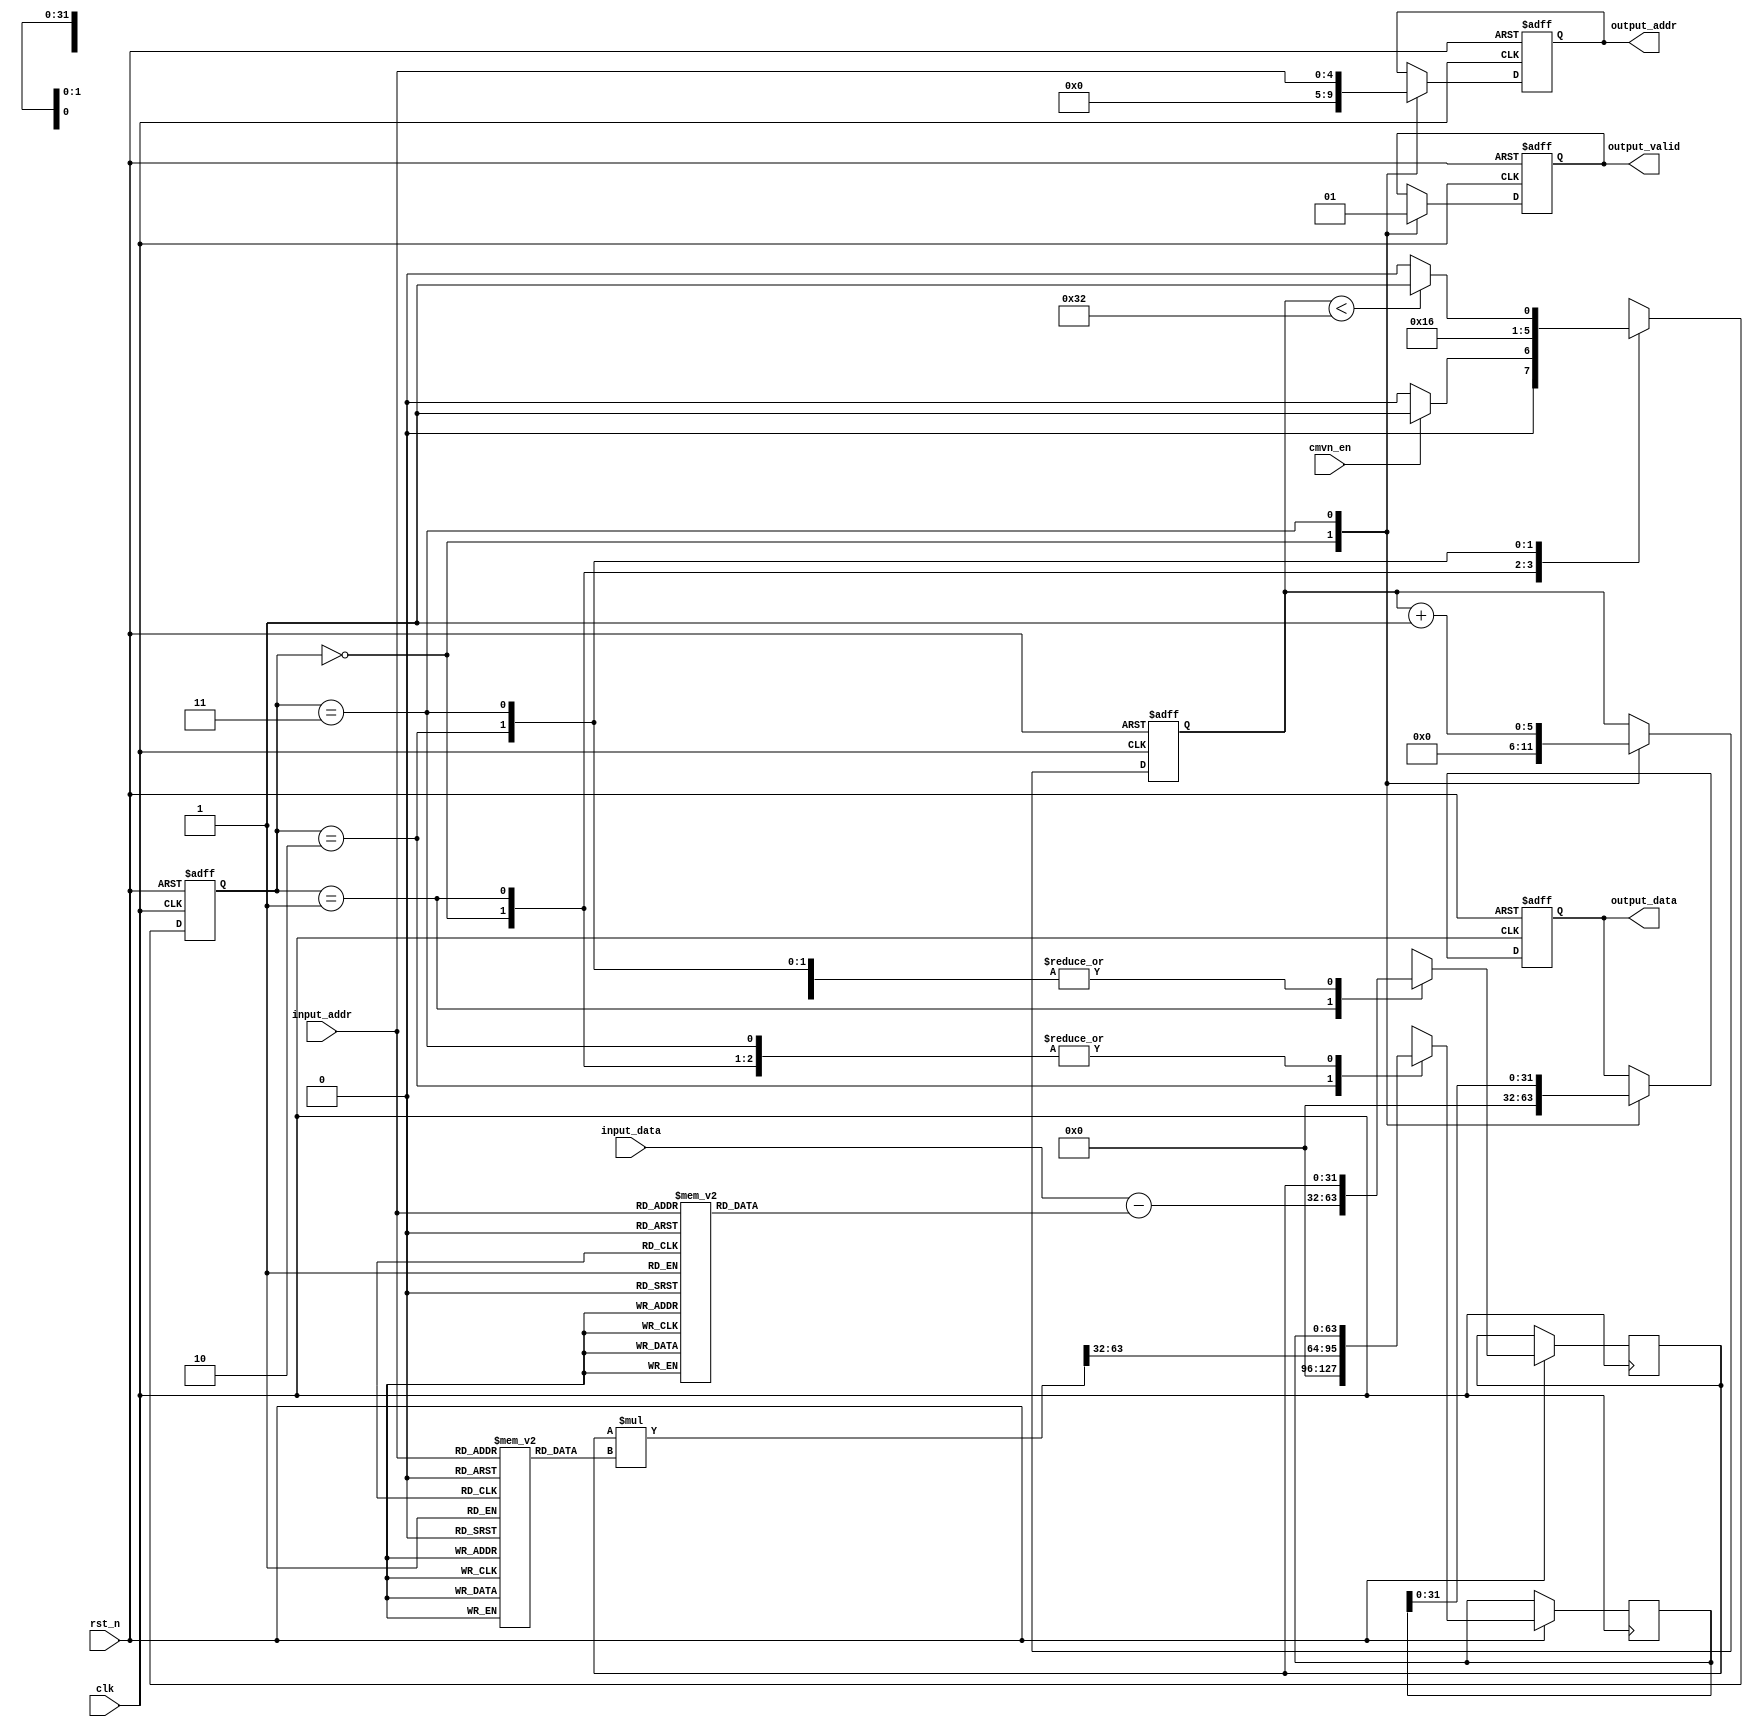
module cmvn (
  input wire clk,
  input wire rst_n,
  input wire cmvn_en,
  input wire [31:0] input_data,
  input wire [4:0] input_addr,
  output reg [31:0] output_data,
  output reg [4:0] output_addr,
  output reg output_valid
);

  // Register file to store CMVN parameters
  reg [31:0] cmvn_mean [0:19];
  reg [31:0] cmvn_istd [0:19];

  // Intermediate registers
  reg [31:0] mean_val;
  reg [31:0] istd_val;
  reg [31:0] subtracted_data;
  reg [63:0] normalized_data;

  // Counter for input data
  reg [5:0] input_counter;

  // State machine states
  localparam IDLE = 2'b00;
  localparam SUBTRACT_MEAN = 2'b01;
  localparam MULTIPLY_ISTD = 2'b10;
  localparam OUTPUT = 2'b11;

  reg [1:0] current_state;
  reg [1:0] next_state;

  // Initialize CMVN parameters (example values)
  initial begin
    cmvn_mean[0] = $signed(32'd241192656);
    cmvn_mean[1] = $signed(32'd268649632);
    cmvn_mean[2] = $signed(32'd276675136);
    cmvn_mean[3] = $signed(32'd283695040);
    cmvn_mean[4] = $signed(32'd281664064);
    cmvn_mean[5] = $signed(32'd276283232);
    cmvn_mean[6] = $signed(32'd273964992);
    cmvn_mean[7] = $signed(32'd273919648);
    cmvn_mean[8] = $signed(32'd279167136);
    cmvn_mean[9] = $signed(32'd286963904);
    cmvn_mean[10] = $signed(32'd289749824);
    cmvn_mean[11] = $signed(32'd291469152);
    cmvn_mean[12] = $signed(32'd293973344);
    cmvn_mean[13] = $signed(32'd294496448);
    cmvn_mean[14] = $signed(32'd294786208);
    cmvn_mean[15] = $signed(32'd294155456);
    cmvn_mean[16] = $signed(32'd290103104);
    cmvn_mean[17] = $signed(32'd285622848);
    cmvn_mean[18] = $signed(32'd283800096);
    cmvn_mean[19] = $signed(32'd274944832);

    cmvn_istd[0] = $signed(32'd2730620);
    cmvn_istd[1] = $signed(32'd2558343);
    cmvn_istd[2] = $signed(32'd2517505);
    cmvn_istd[3] = $signed(32'd2456001);
    cmvn_istd[4] = $signed(32'd2513680);
    cmvn_istd[5] = $signed(32'd2642344);
    cmvn_istd[6] = $signed(32'd2746480);
    cmvn_istd[7] = $signed(32'd2793599);
    cmvn_istd[8] = $signed(32'd2784816);
    cmvn_istd[9] = $signed(32'd2747354);
    cmvn_istd[10] = $signed(32'd2753689);
    cmvn_istd[11] = $signed(32'd2760341);
    cmvn_istd[12] = $signed(32'd2757260);
    cmvn_istd[13] = $signed(32'd2790595);
    cmvn_istd[14] = $signed(32'd2817463);
    cmvn_istd[15] = $signed(32'd2839905);
    cmvn_istd[16] = $signed(32'd2892185);
    cmvn_istd[17] = $signed(32'd2942343);
    cmvn_istd[18] = $signed(32'd2964351);
    cmvn_istd[19] = $signed(32'd3003108);
  end

  // State transition logic
  always @(posedge clk or negedge rst_n) begin
    if (!rst_n) begin
      current_state <= IDLE;
    end else begin
      current_state <= next_state;
    end
  end

  // Next state logic
  always @(*) begin
    case (current_state)
      IDLE: begin
        if (cmvn_en) begin
          next_state = SUBTRACT_MEAN;
        end else begin
          next_state = IDLE;
        end
      end
      SUBTRACT_MEAN: begin
        next_state = MULTIPLY_ISTD;
      end
      MULTIPLY_ISTD: begin
        next_state = OUTPUT;
      end
      OUTPUT: begin
        if (input_counter < 50) begin
          next_state = SUBTRACT_MEAN;
        end else begin
          next_state = IDLE;
        end
      end
      default: begin
        next_state = IDLE;
      end
    endcase
  end

// Output logic
always @(posedge clk or negedge rst_n) begin
  if (!rst_n) begin
    output_data <= 32'h00000000;
    output_addr <= 5'h00;
    output_valid <= 1'b0;
    input_counter <= 6'h00;
  end else begin
    case (current_state)
      IDLE: begin
        output_data <= 32'h00000000;
        output_addr <= 5'h00;
        output_valid <= 1'b0;
        input_counter <= 6'h00;
      end
      SUBTRACT_MEAN: begin
        mean_val = cmvn_mean[input_addr];
        subtracted_data = input_data - mean_val;
      end
      MULTIPLY_ISTD: begin
        istd_val = cmvn_istd[input_addr];
        normalized_data = (subtracted_data * istd_val) >>> 32; // Shift right by 32 bits
      end
      OUTPUT: begin
        output_data <= normalized_data[31:0]; // Extract the 32-bit result
        output_addr <= input_addr;
        output_valid <= 1'b1;
        input_counter <= input_counter + 1;
      end
      default: begin
        output_data <= 32'h00000000;
        output_addr <= 5'h00;
        output_valid <= 1'b0;
      end
    endcase
  end
end

endmodule